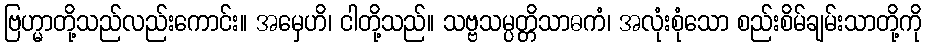
ဗြဟ္မာတို့သည်လည်းကောင်း။ အမှေဟိ၊ ငါတို့သည်။ သဗ္ဗသမ္ပတ္တိသာဓကံ၊ အလုံးစုံသော စည်းစိမ်ချမ်းသာတို့ကို